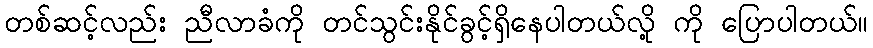
တစ်ဆင့်လည်း ညီလာခံကို တင်သွင်းနိုင်ခွင့်ရှိနေပါတယ်လို့ ကို ပြောပါတယ်။